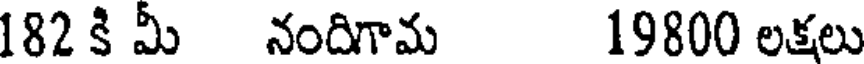
182 కి మీ నందిగామ 19800 లక్షలు